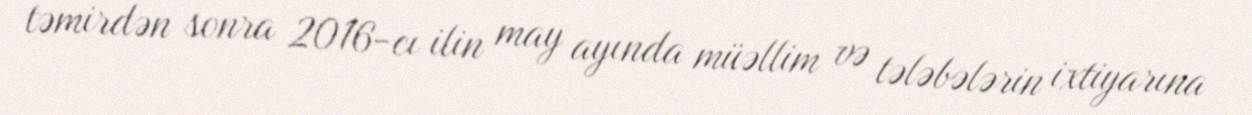
təmirdən sonra 2016-cı ilin may ayında müəllim və tələbələrin ixtiyarına